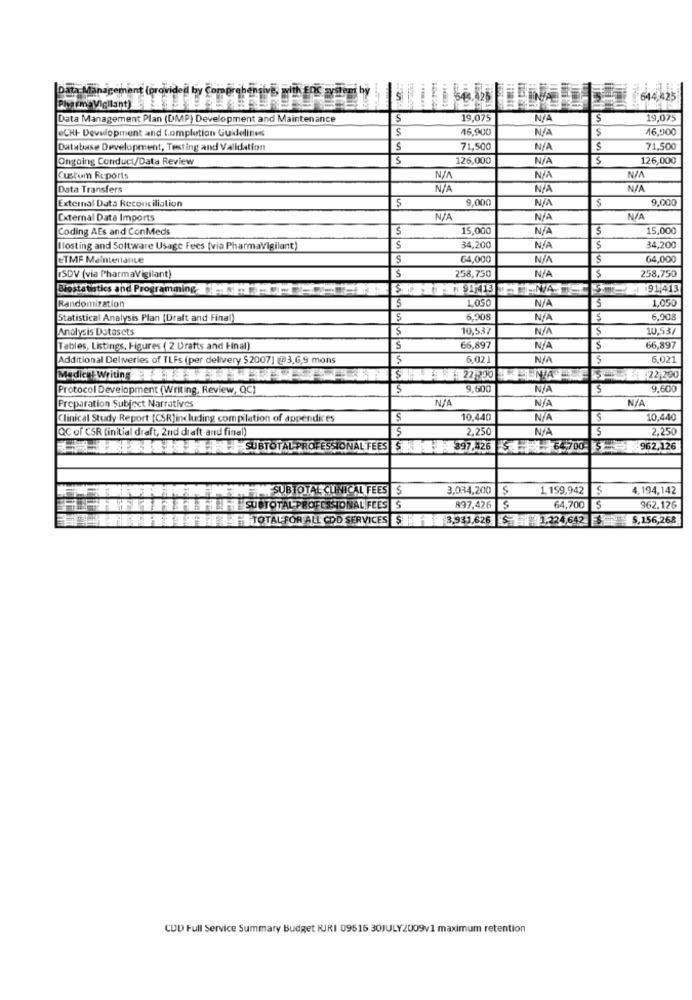
Data Management (provided by Comer
644,425
Data Management Plan (DMP) Development and Maintenance
S
19,075
NIA
19,075
eCHI- Development and Completion Guidelines
$
16,900
$
16,000
Database Development, Testing and Validation
S
71,500
S
71,500
Ongoing Conduct/Data Review
S
126,000
126,000
Custom Reports
Data Transfers
9,000
$
9,000
External Data Reconciliation
External Data Imports
Coding AEs and ConMeds
$
15,000
$
15,000
Hosting and Software Usage Fees (via PharmaVigilant)
S
34,200
34,200
ETME Maintenalice
S
64,000
$
64,000
ISDV (via PharmaVigilant)
258,750
258,750
Biostatistics and Programming
S- 1 91,413
91,413
Randomization
1,050
1,050
$
Statistical Analysis Plan (Draft and Final)
6,908
NA
6,908
Analysis Datasets
$
10,537
S
10,53/
Tables, Listings, Figures ( 2 Drafts and Final)
S
66,897
$
66,897
Additional Deliveries of TLFs (per delivery $2007] @3,6,9 mons
5
6.02
6,021
Madie With 73
5- 22,290
Protocol Development (Writing, Review, QC)
9.600
5
9,600
Preparation Subject Narratives
Clinical Study Report [CSR]including compilation of appendices
S
10,440
10,440
[QC of CSR (initial draft, 2nd draft and final)
5
2,250
2,250
SUBTOTAL PROFESSIONAL FEES
$397.426 $ 64700 5962.126
SUBTOTAL CLINICAL FEES
3,034,200
$
1.159,942
S
4,194,142
FFAHHHHH SUOTOTAL PROFESSIONALIFEES S
897,426 $
64,700 $
362,126
TOTAL FOR ALL COD SERVICES $ 3,931,626 $ 1.224,642 .156,268
CUD Full Service Summary Budget HJRI 09515 30JULY2009v1 maximum retention